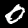
Digit: 0